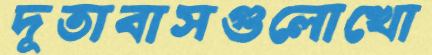
দূতাবাসগুলোখো